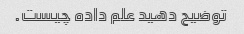
توضیح دهید علم داده چیست.